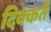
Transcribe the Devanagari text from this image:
दिक्‍कतें